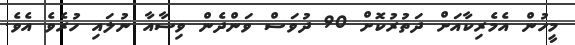
މީހުން އެމެރިކާއަށް ދަތުރުކޮށް 90 ދުވަސް ވަންދެން ވިސާއާ ނުލައި ހުރެވެ އެވެ.